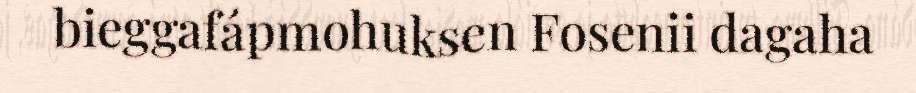
bieggafápmohuksen Fosenii dagaha